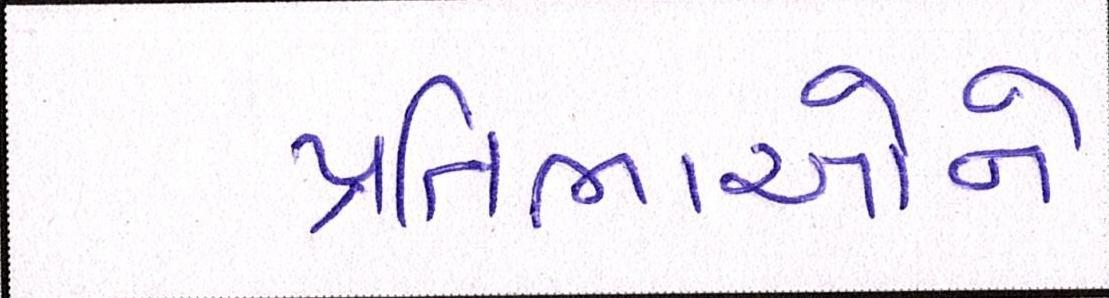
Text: પ્રતિભાઓને